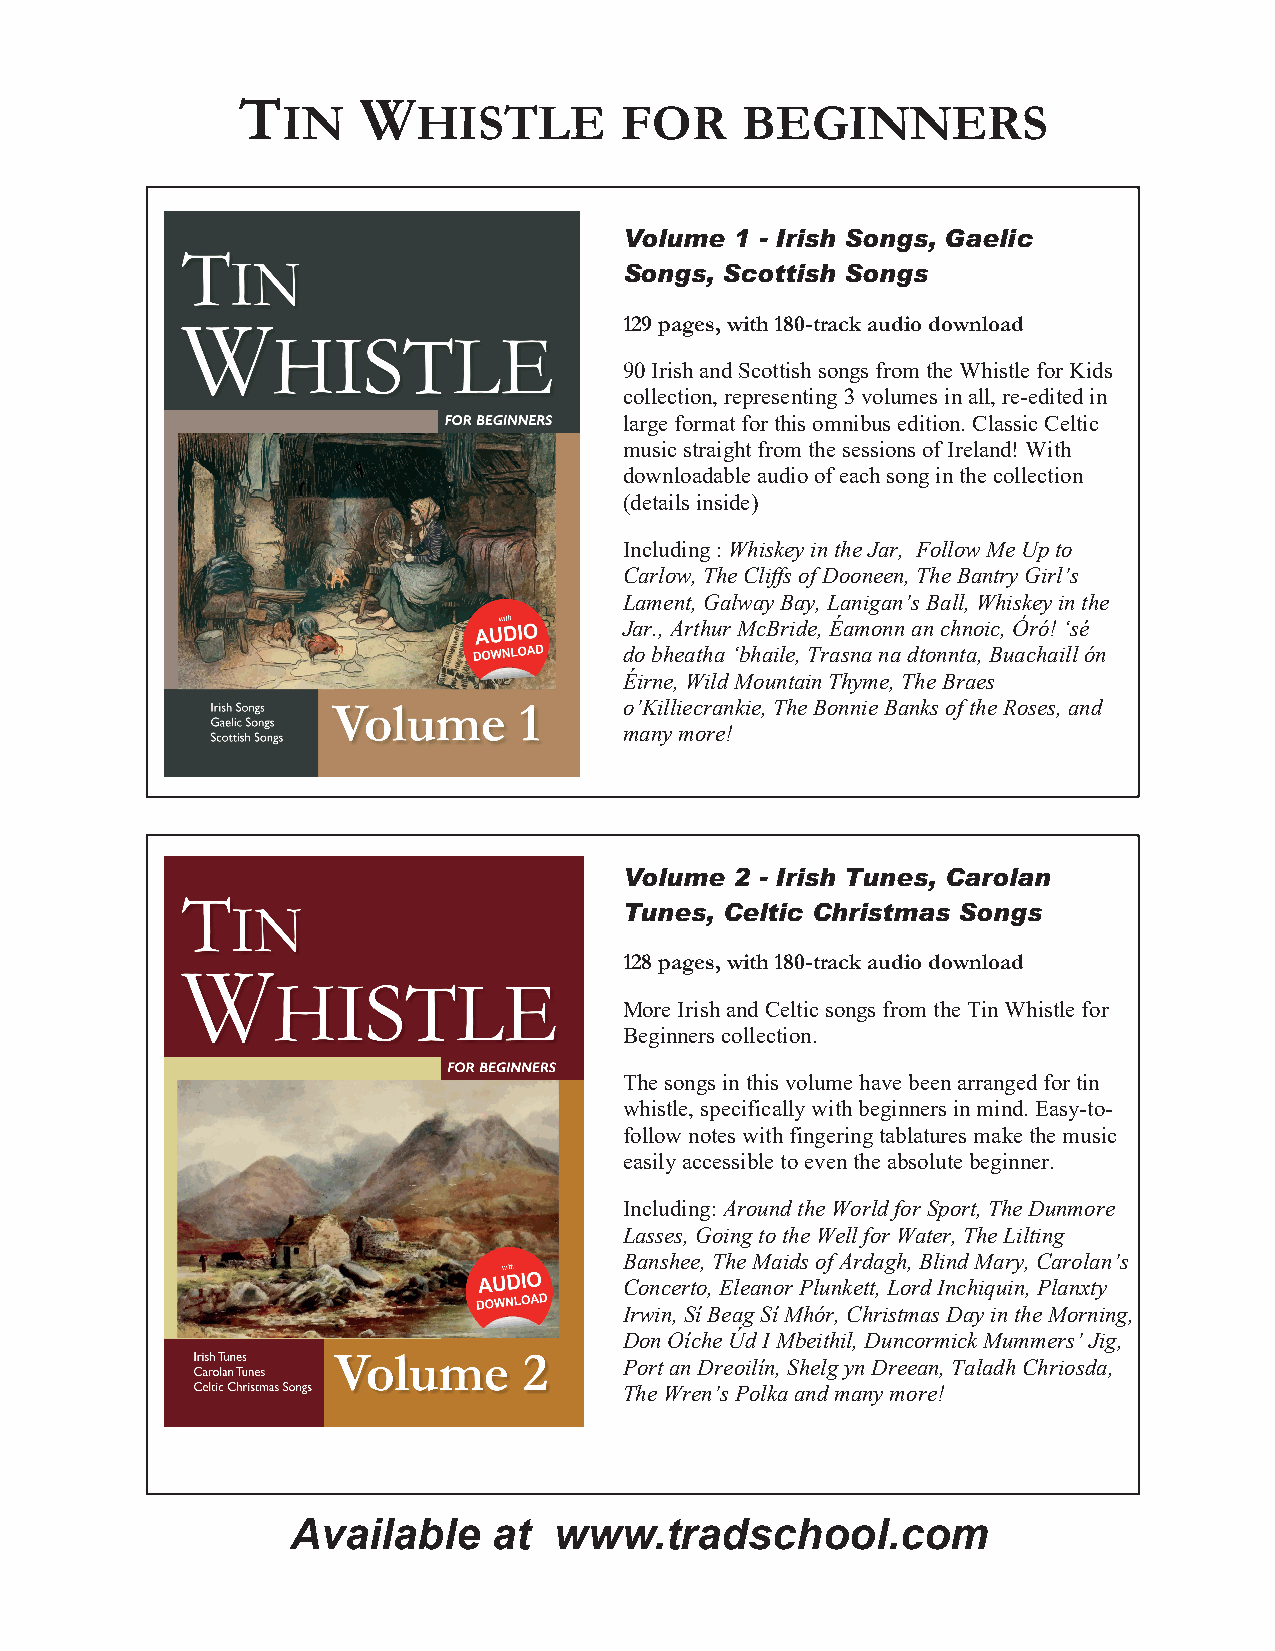
T       W
 IN       HISTLE       FOR     BEGINNERS
 Volume  1 - Irish Songs, Gaelic
 Songs, Scottish Songs
 129 pages, with 180-track audio download
 90 Irish and Scottish songs from the Whistle for Kids
 collection, representing 3 volumes in all, re-edited in
 large format for this omnibus edition. Classic Celtic
 music straight from the sessions of Ireland! With
 downloadable audio of each song in the collection
 (details inside)
 Including : Whiskey in the Jar, Follow Me Up to
 Carlow, The Cliffs of Dooneen, The Bantry Girl’s
 Lament, Galway Bay, Lanigan’s Ball, Whiskey in the
 Jar., Arthur McBride, Éamonn an chnoic, Óró! ‘sé
 do bheatha ‘bhaile, Trasna na dtonnta, Buachaill ón
 Éirne, Wild Mountain Thyme, The Braes
 o’Killiecrankie, The Bonnie Banks of the Roses, and
 many more!
 Volume  2 - Irish Tunes, Carolan
 Tunes, Celtic Christmas Songs
 128 pages, with 180-track audio download
 More Irish and Celtic songs from the Tin Whistle for
 Beginners collection.
 The songs in this volume have been arranged for tin
 whistle, specifically with beginners in mind. Easy-to-
 follow notes with fingering tablatures make the music
 easily accessible to even the absolute beginner.
 Including: Around the World for Sport, The Dunmore
 Lasses, Going to the Well for Water, The Lilting
 Banshee, The Maids of Ardagh, Blind Mary, Carolan’s
 Concerto, Eleanor Plunkett, Lord Inchiquin, Planxty
 Irwin, Sí Beag Sí Mhór, Christmas Day in the Morning,
 Don Oíche Úd I Mbeithil, Duncormick Mummers’ Jig,
 Port an Dreoilín, Shelg yn Dreean, Taladh Chriosda,
 The Wren’s Polka and many more!
 Available     at  www.tradschool.com